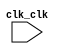

module NiosInst (
	clk_clk);	

	input		clk_clk;
endmodule